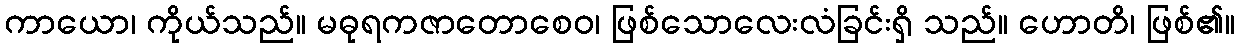
ကာယော၊ ကိုယ်သည်။ မဓုရကဇာတောစေဝ၊ ဖြစ်သောလေးလံခြင်းရှိ သည်။ ဟောတိ၊ ဖြစ်၏။